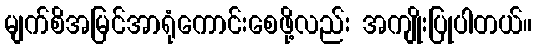
မျက်စိအမြင်အာရုံကောင်းစေဖို့လည်း အကျိုးပြုပါတယ်။